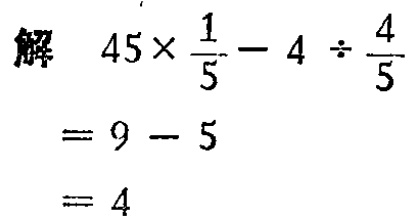
\[

\begin{align*}

&解\quad45\times\frac{1}{5}-4\div\frac{4}{5}\\

&= 9 - 5\\

&= 4

\end{align*}

\]